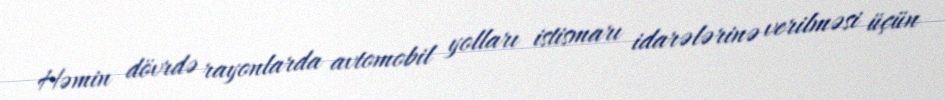
Həmin dövrdə rayonlarda avtomobil yolları istismarı idarələrinə verilməsi üçün